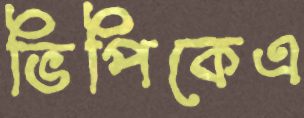
ভিপিকেএ